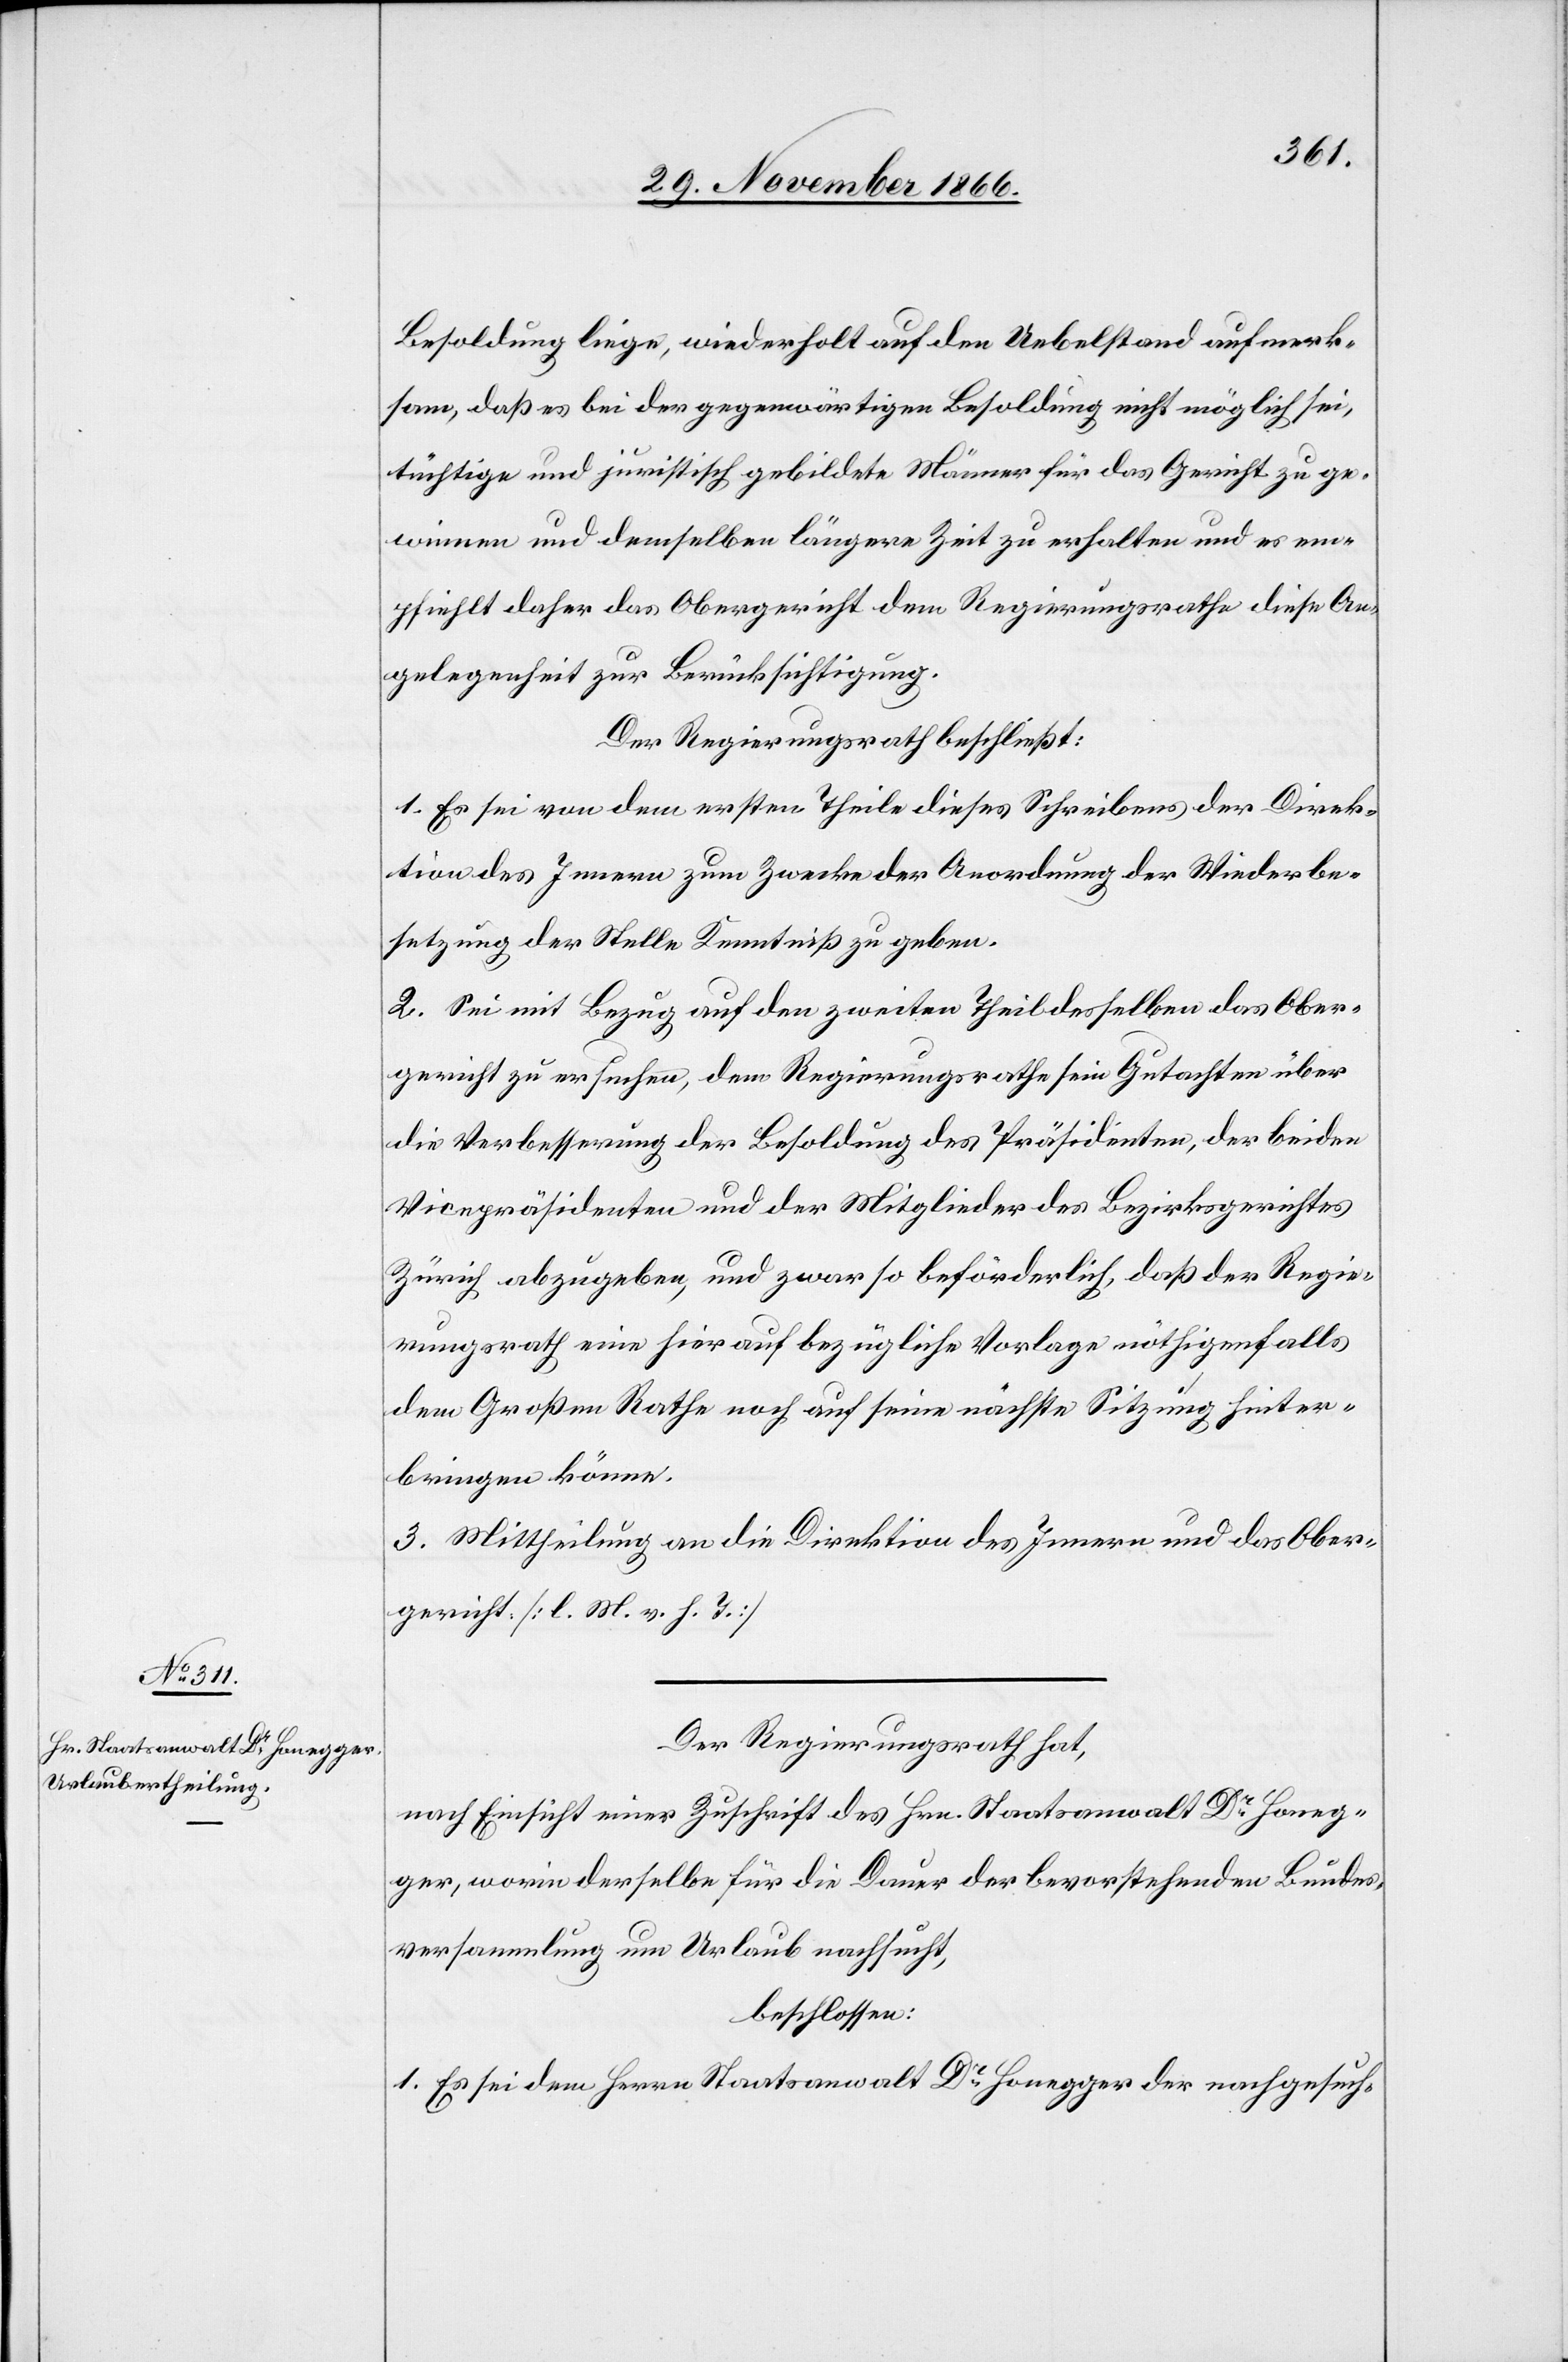
Besoldung liege, wiederholt auf den Uebelstand aufmerk¬
sam, daß es bei der gegenwärtigen Besoldung nicht möglich sei,
tüchtige und juristisch gebildete Männer für das Gericht zu ge¬
winnen und demselben längere Zeit zu erhalten und es em¬
pfiehlt daher das Obergericht dem Regierungsrathe diese An¬
gelegenheit zur Berücksichtigung.
Der Regierungsrath beschließt:
1. Es sei von dem ersten Theile dieses Schreibens der Direk¬
tion des Innern zum Zwecke der Anordnung der Wiederbe¬
setzung der Stelle Kenntniß zu geben.
2. Sei mit Bezug auf den zweiten Theil desselben das Ober¬
gericht zu ersuchen, dem Regierungsrathe sein Gutachten über
die Verbesserung der Besoldung des Präsidenten, der beiden
Vicepräsidenten und der Mitglieder des Bezirksgerichtes
Zürich abzugeben, und zwar so beförderlich, daß der Regie¬
rungsrath eine hierauf bezügliche Vorlage nöthigenfalls
dem Großen Rathe noch auf seine nächste Sitzung hinter¬
bringen könne.
3. Mittheilung an die Direktion des Innern und das Ober¬
gericht [l. M. v. h. T.]
Der Regierungsrath hat,
nach Einsicht einer Zuschrift des Hrn. Staatsanwalt Dr. Honeg¬
ger, worin derselbe für die Dauer der bevorstehenden Bundes¬
versammlung um Urlaub ersucht,
beschlossen:
1. Es sei dem Herrn Staatsanwalt Dr. Honegger der nachgesuch-